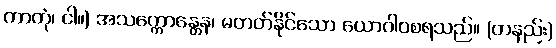
ကာတုံ၊ ငါ။) အသက္ကောန္တေန၊ မတတ်နိုင်သော ယောဂါဝစရသည်။ (တနည်း)